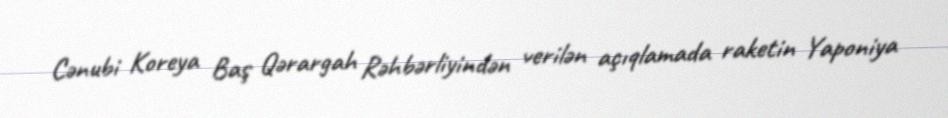
Cənubi Koreya Baş Qərargah Rəhbərliyindən verilən açıqlamada raketin Yaponiya